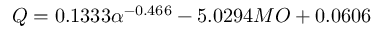
Q = 0 . 1 3 3 3 \alpha ^ { - 0 . 4 6 6 } - 5 . 0 2 9 4 M O + 0 . 0 6 0 6